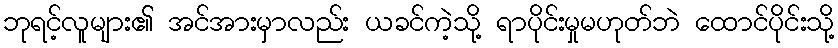
ဘုရင့်လူများ၏ အင်အားမှာလည်း ယခင်ကဲ့သို့ ရာပိုင်းမှုမဟုတ်ဘဲ ထောင်ပိုင်းသို့